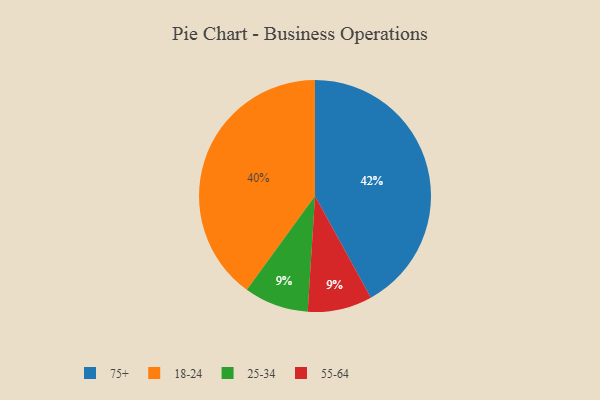
{"axis": {"x": "Category", "y": "Percentage"}, "legend": ["18-24", "25-34", "55-64", "75+"], "data": [{"x": "25-34", "y": 9, "type": "25-34"}, {"x": "75+", "y": 42, "type": "75+"}, {"x": "18-24", "y": 40, "type": "18-24"}, {"x": "55-64", "y": 9, "type": "55-64"}]}